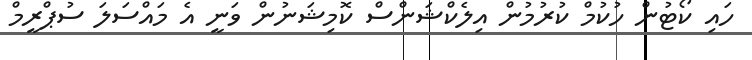
ހައި ކޯޓުން ހުކުމް ކުރުމުން އިލެކްޝަންސް ކޮމިޝަނުން ވަނީ އެ މައްސަލަ ސުޕްރީމް